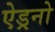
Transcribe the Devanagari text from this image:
ऐड्रनो